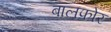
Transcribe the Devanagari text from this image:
बालफोर